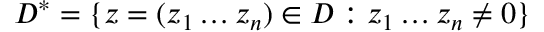
D ^ { * } = \{ z = ( z _ { 1 } \dots z _ { n } ) \in D : z _ { 1 } \dots z _ { n } \neq 0 \}